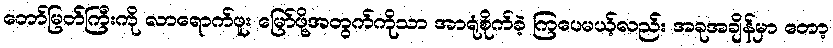
တော်မြတ်ကြီးကို လာရောက်ဖူး မြော်ဖို့အတွက်ကိုသာ အာရုံစိုက်ခဲ့ ကြပေမယ့်လည်း အခုအချိန်မှာ တော့